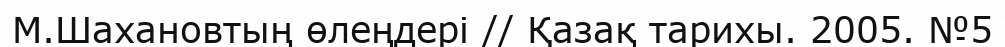
М.Шахановтың өлеңдері // Қазақ тарихы. 2005. №5